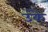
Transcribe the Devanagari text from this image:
उंके